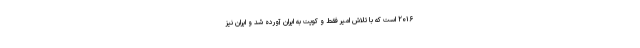
۲۰۱۶ است که با تلاش امیر فقط و کویت به ایران آورده شد و ایران نیز